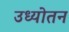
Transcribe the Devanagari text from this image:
उध्योतन